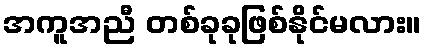
အကူအညီ တစ်ခုခုဖြစ်နိုင်မလား။